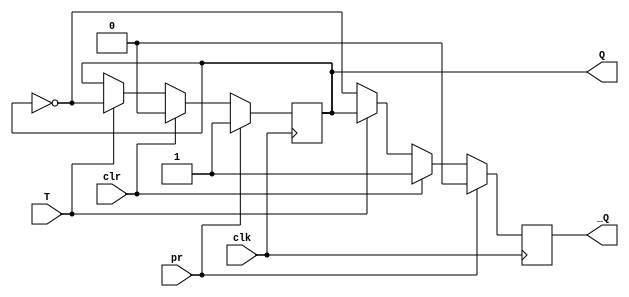
module tff(clk,T,pr,clr,Q,_Q);
    input clk;
    input T;
    input pr;
    input clr;

    output reg Q;
    output reg _Q;

    always @(negedge clk)
    begin
        if(pr) 
        begin
         Q<=1;
         _Q<=0;
        end
        else if(clr)
        begin 
         Q<=0;
         _Q<=1;
        end
        else
        begin
            if(T) 
            begin Q<=~Q;
            _Q<=Q;
            end
            else begin
            Q<=Q;
            _Q<=~Q;
            end
        end
    end
endmodule